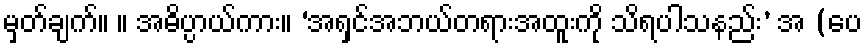
မှတ်ချက်။ ။ အဓိပ္ပာယ်ကား။ ‘အရှင်အဘယ်တရားအထူးကို သိရပါသနည်း’ အ (ပေ